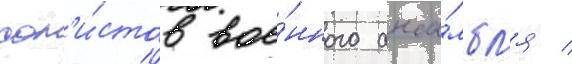
сол'и́стов вое́нного анса́мбл'я /